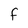
Character: F